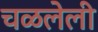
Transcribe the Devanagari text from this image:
चळलेली